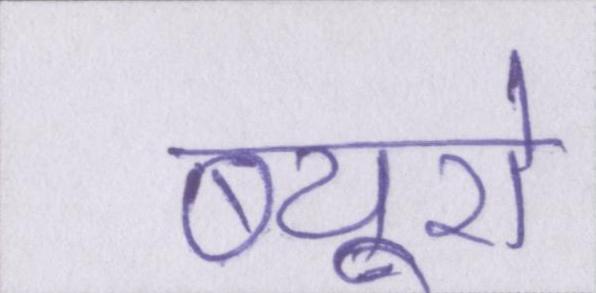
ब्यूरो